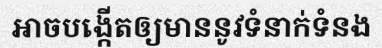
អាចបង្កើតឲ្យមាននូវទំនាក់ទំនង